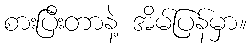
စားပြီးတာနဲ့ အိမ်ပြန်မှာ။